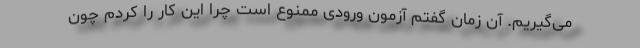
می‌گیریم. آن زمان گفتم آزمون ورودی ممنوع است چرا این کار را کردم چون